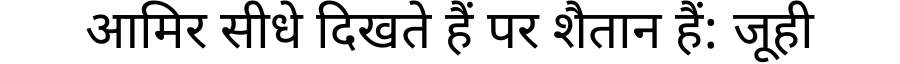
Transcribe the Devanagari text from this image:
आमिर सीधे दिखते हैं पर शैतान हैं: जूही